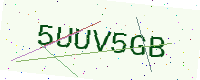
Text: 5UUV5GB